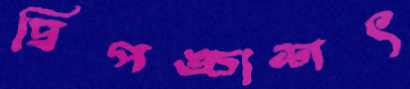
দ্বিপঙ্চাশৎ